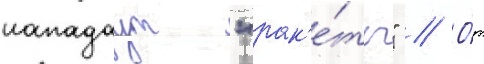
нападаут "рак'е́ты" // О́т